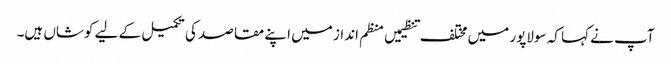
آپ نے کہا کہ سولاپور میں مختلف تنظیمیں منظم انداز میں اپنے مقاصد کی تکمیل کے لیے کوشاں ہیں۔